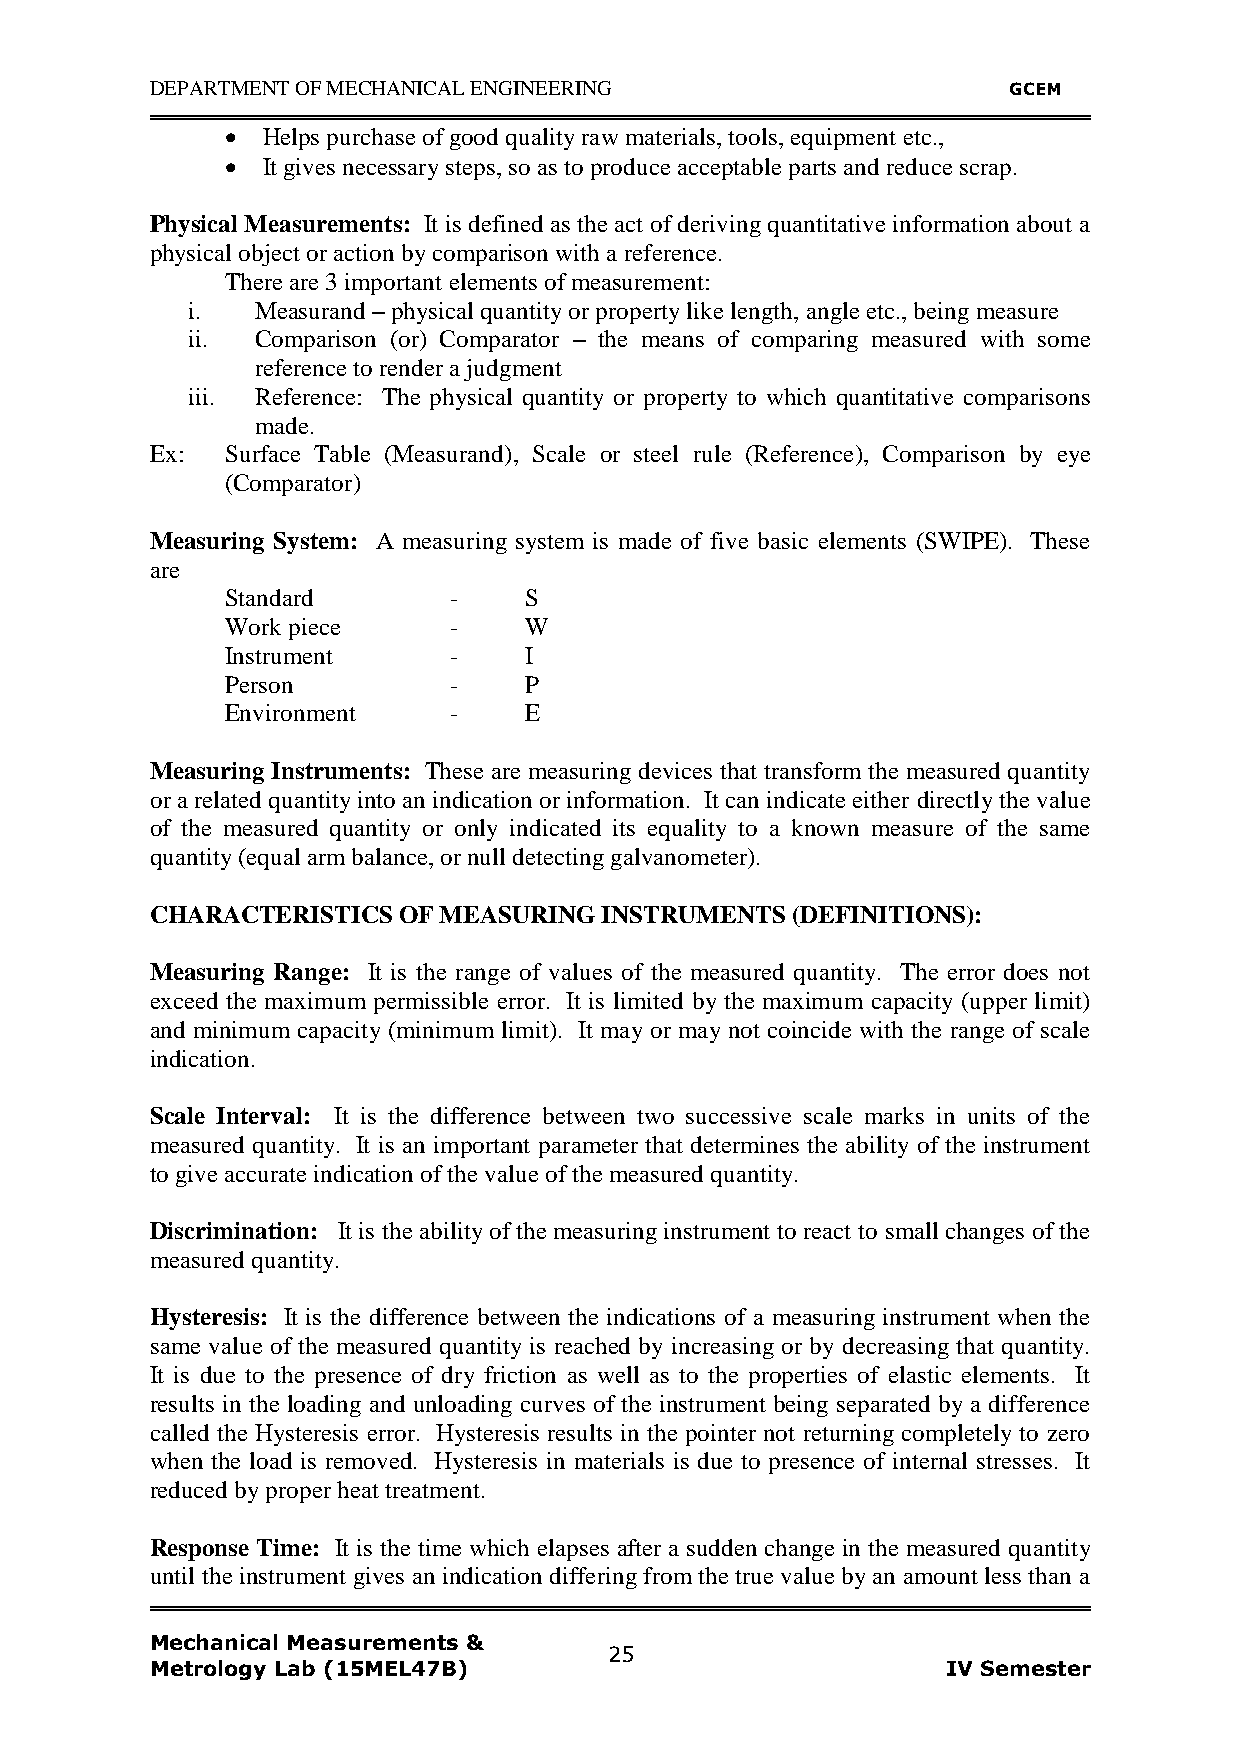
DEPARTMENT OF MECHANICAL ENGINEERING                     GCEM
  Helps purchase of good quality raw materials, tools, equipment etc.,
  It gives necessary steps, so as to produce acceptable parts and reduce scrap.
 Physical Measurements: It is defined as the act of deriving quantitative information about a
 physical object or action by comparison with a reference.
 There are 3 important elements of measurement:
 i.   Measurand – physical quantity or property like length, angle etc., being measure
 ii.  Comparison (or) Comparator – the means of comparing measured with some
 reference to render a judgment
 iii. Reference: The physical quantity or property to which quantitative comparisons
 made.
 Ex:  Surface Table (Measurand), Scale or steel rule (Reference), Comparison by eye
 (Comparator)
 Measuring System: A measuring system is made of five basic elements (SWIPE). These
 are
 Standard       -    S
 Work piece     -    W
 Instrument     -    I
 Person         -    P
 Environment    -    E
 Measuring Instruments: These are measuring devices that transform the measured quantity
 or a related quantity into an indication or information. It can indicate either directly the value
 of the measured quantity or only indicated its equality to a known measure of the same
 quantity (equal arm balance, or null detecting galvanometer).
 CHARACTERISTICS OF MEASURING  INSTRUMENTS (DEFINITIONS):
 Measuring Range: It is the range of values of the measured quantity. The error does not
 exceed the maximum permissible error. It is limited by the maximum capacity (upper limit)
 and minimum capacity (minimum limit). It may or may not coincide with the range of scale
 indication.
 Scale Interval: It is the difference between two successive scale marks in units of the
 measured quantity. It is an important parameter that determines the ability of the instrument
 to give accurate indication of the value of the measured quantity.
 Discrimination: It is the ability of the measuring instrument to react to small changes of the
 measured quantity.
 Hysteresis: It is the difference between the indications of a measuring instrument when the
 same value of the measured quantity is reached by increasing or by decreasing that quantity.
 It is due to the presence of dry friction as well as to the properties of elastic elements. It
 results in the loading and unloading curves of the instrument being separated by a difference
 called the Hysteresis error. Hysteresis results in the pointer not returning completely to zero
 when the load is removed. Hysteresis in materials is due to presence of internal stresses. It
 reduced by proper heat treatment.
 Response Time: It is the time which elapses after a sudden change in the measured quantity
 until the instrument gives an indication differing from the true value by an amount less than a
 Mechanical Measurements &
 25
 Metrology Lab (15MEL47B)                             IV Semester